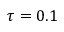
\tau = 0 . 1